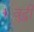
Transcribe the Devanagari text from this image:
वुद्धी